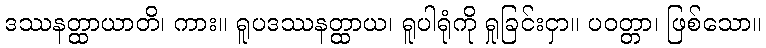
ဒဿနတ္ထာယာတိ၊ ကား။ ရူပဒဿနတ္ထာယ၊ ရူပါရုံကို ရှုခြင်းငှာ။ ပဝတ္တာ၊ ဖြစ်သော။